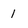
Character: 1